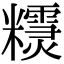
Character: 𥽣